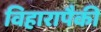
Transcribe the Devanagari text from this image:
विहारापैकी